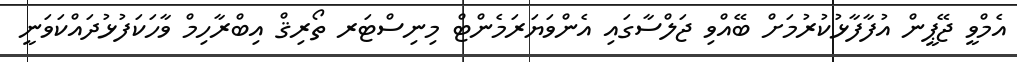
އެމްވީ ޖޭޕީން އުފާފާޅުކުރުމަށް ބޭއްވި ޖަލްސާގައި އެންވަޔަރަމެންޓް މިނިސްޓަރ ތޯރިޤް އިބްރާހިމް ވާހަކަފުޅުދައްކަވަނީ